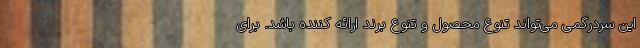
این سردرگمی می‌تواند تنوع محصول و تنوع برند ارائه کننده باشد. برای